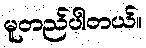
မူတည်ပါတယ်။